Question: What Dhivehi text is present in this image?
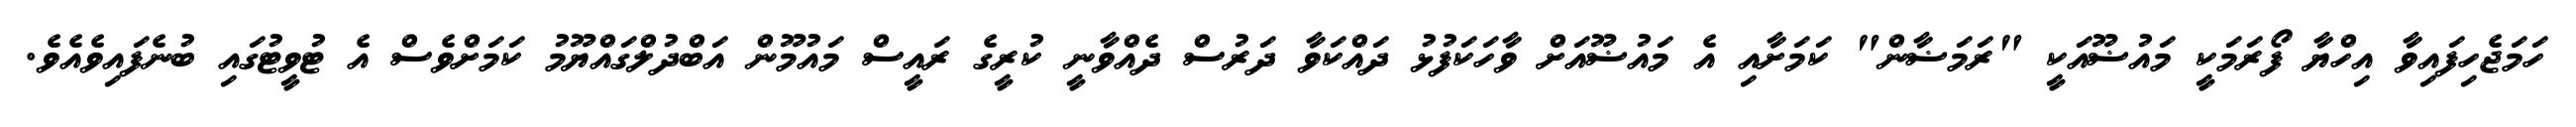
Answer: ހަމަޖެހިފައިވާ އިހްޔާ ފޯރަމަކީ މައުޟޫއަކީ "ރަމަޟާން" ކަމަށާއި އެ މައުޟޫއަށް ވާހަކަފުޅު ދައްކަވާ ދަރުސް ދެއްވާނީ ކުރީގެ ރައީސް މައުމޫން އަބްދުލްގައްޔޫމު ކަމަށްވެސް އެ ޓުވީޓުގައި ބުނެފައިވެއެވެ.